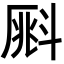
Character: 𣂀